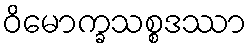
ဝိမောက္ခသစ္စဒဿာ